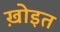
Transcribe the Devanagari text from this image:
ख़ोइत